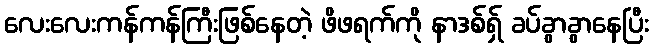
လေးလေးကန်ကန်ကြီးဖြစ်နေတဲ့ ဖိဖရက်ကို နာဒစ်ရှ် ခပ်ခွာခွာနေပြီး